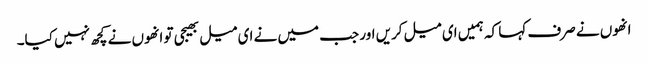
انھوں نے صرف کہا کہ ہمیں ای میل کریں اور جب میں نے ای میل بھیجی تو انھوں نے کچھ نہیں کیا۔